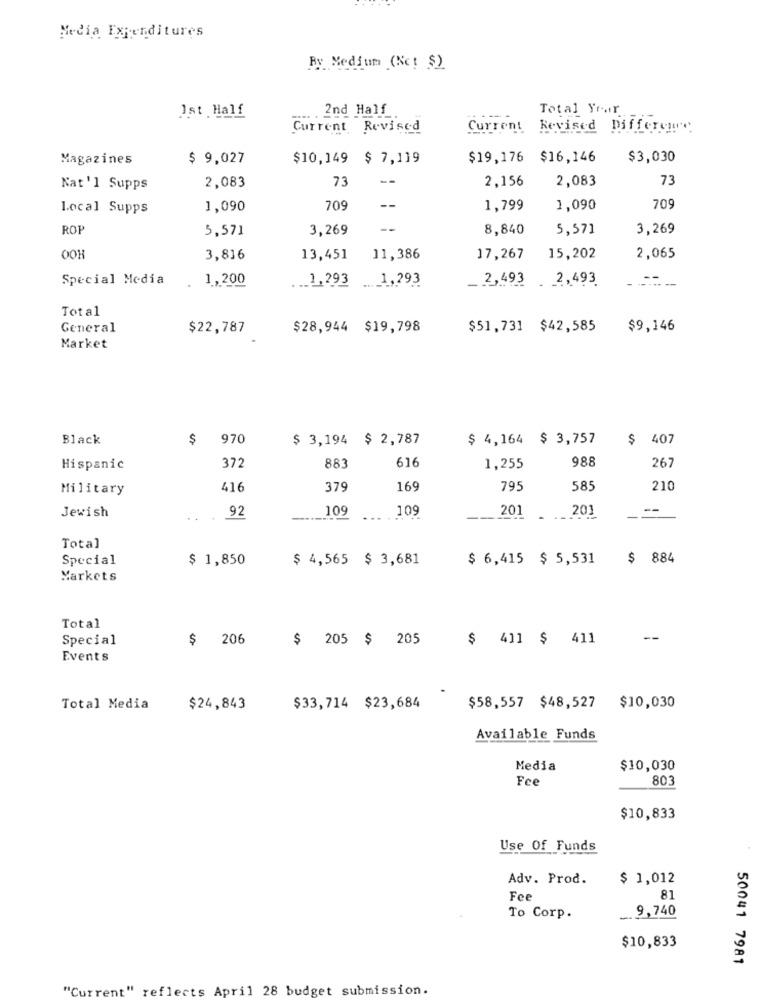
Media Expenditures
Ry Medium (Nc! $)
Ist Half
2nd Half
Total Yrar
Current Revised
Current
Revised Differemy
Magazines
$ 9,027
$10,149
$ 7,119
$19,176 $16,146
$3,030
73
--
2,156
2,083
73
Nat'l Supps
2,083
--
Local Supps
1,090
709
1,799
1,090
709
ROP
5,571
3,269
--
8,840
5,571
3,269
OOH
3,816
13,451
11,386
17,267
15,202
2,065
Special Media
1,200
... 1,293 1,293
_ 2,493 . 2,493
Total
General
$22,787
$28,944 $19,798
$51,731 $42,585
$9,146
Market
Black
$
970
$ 3,194 $ 2,787
$ 4,164 $ 3,757
$
407
616
988
Hispanic
372
883
1,255
267
Military
416
379
169
795
585
210
Jewish
.109
109
201
201
92
-----
... .
--
Total
Special
$ 1,850
$ 4,565 $ 3,681
$ 6,415 $ 5,531
$ 884
Markets
Total
Special
$ 206
$ 205 $ 205
$ 411 $ 411
- -
Events
Total Media
$24,843
$33,714 $23,684
$58,557 $48,527 $10,030
Available Funds
Media
$10,030
Fce
803
$10,833
Use Of Funds
Adv. Prod.
$ 1,012
Fee
81
To Corp.
9,740
$10,833
50041 7981
"Current" reflects April 28 budget submission.